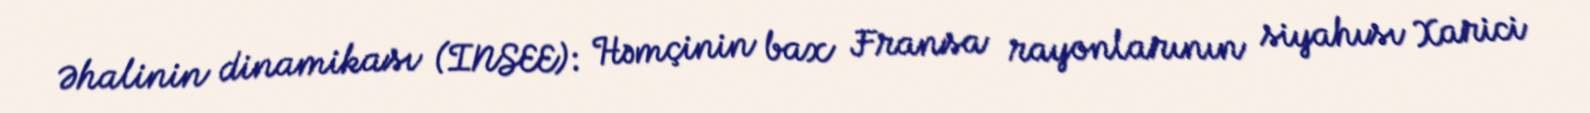
Əhalinin dinamikası (INSEE): Həmçinin bax Fransa rayonlarının siyahısı Xarici